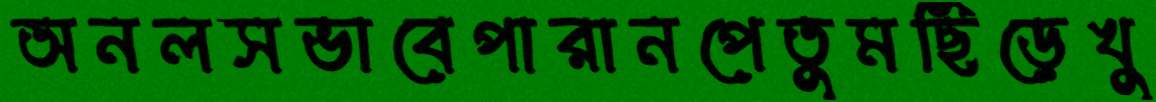
অনলসভাবেপারানপেতুমছিঁড়েখু